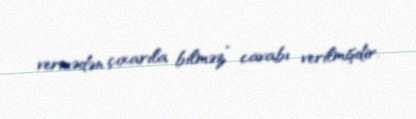
vermədən çıxarıla bilməz” cavabı verilmişdir.